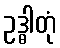
ဥဒ္ဓါတုံ